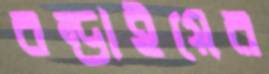
বন্ডাইয়ের